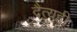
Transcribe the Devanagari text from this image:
दैत्यही